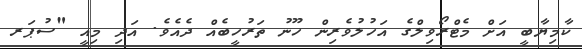
ކާމިޔާބީ އަށް މެޓްރޯވިލްގެ އަހުލުވެރިން ހޫނު ތަރުހީބެއް ދެއެވެ. އަދި މިއީ "ސުޕަރ